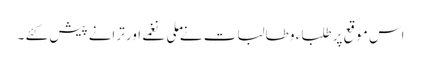
اس موقع پر طلباء و طالبات نے ملی نغمے اور ترانے پیش کئے ۔